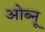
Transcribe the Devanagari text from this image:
ओब्नू